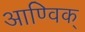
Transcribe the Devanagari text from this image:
आण्विक्